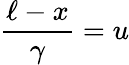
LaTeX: \frac{\ell-x}{\gamma}=u